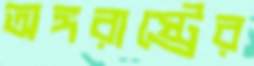
অঙ্গরাষ্ট্রের